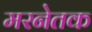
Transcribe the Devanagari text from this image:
मरनेतक